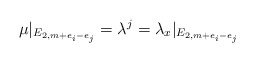
\begin{align*}\mu|_{E_{2,m+e_i -e_j}} = \lambda^j = \lambda_x|_{E_{2,m+e_i -e_j}} \end{align*}